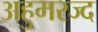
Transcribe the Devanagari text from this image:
अहुमरज्द